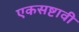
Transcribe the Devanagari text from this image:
एकसष्टावी